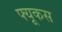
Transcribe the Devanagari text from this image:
फ्यूकस